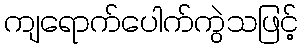
ကျရောက်ပေါက်ကွဲသဖြင့်